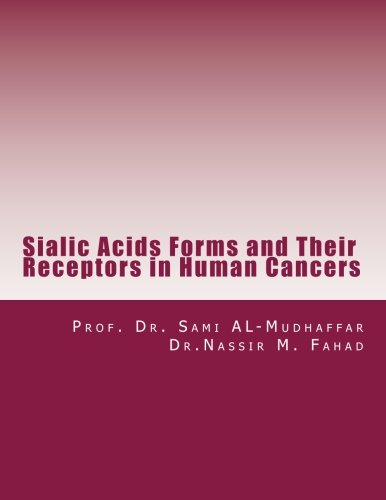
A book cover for Sialic Acids Forms and Their Receptors in Human Cancers; Prof Sami A. AL-Mudhaffar Dr.; Science & Math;